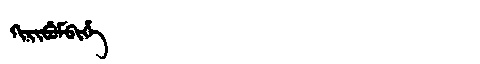
Manchu: ᡴᡳᡵᡳᠪᡠᠮᠪᡳᡥᡝ
Romanization: KIRIBUMBIHE